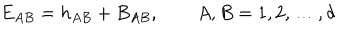
E _ { A B } = h _ { A B } + B _ { A B } , \qquad A , B = 1 , 2 , \ldots , d